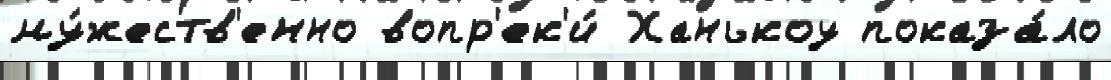
му́жеств'енно вопр'ек'и́ Ханькоу показа́ло